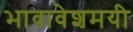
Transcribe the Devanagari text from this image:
भावावेशमयी